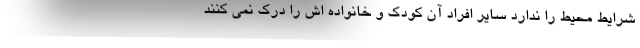
شرایط محیط را ندارد سایر افراد آن کودک و خانواده اش را درک نمی کنند